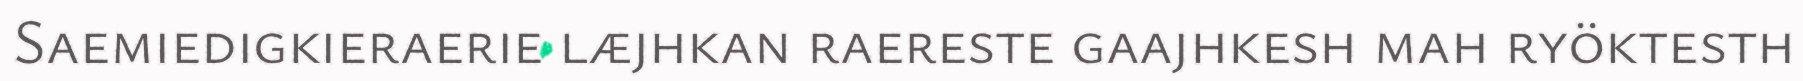
Saemiedigkieraerie læjhkan raereste gaajhkesh mah ryöktesth